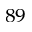
^ { 8 9 }